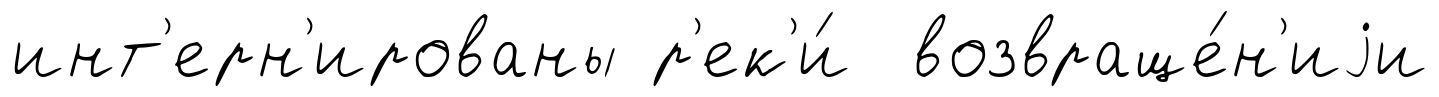
инт'ерн'ированы р'ек'и́ возвраще́н'иjи